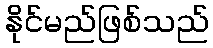
နိုင်မည်ဖြစ်သည်